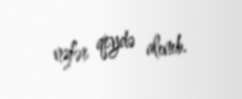
nəfər qeydə alınıb.